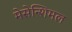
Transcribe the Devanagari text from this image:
मेसेन्शिमल